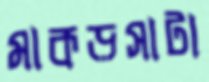
মাকড়সাটা